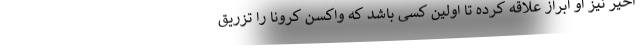
اخیر نیز او ابراز علاقه کرده تا اولین کسی باشد که واکسن کرونا را تزریق